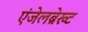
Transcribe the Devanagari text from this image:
एंजेलब्रेख्ट